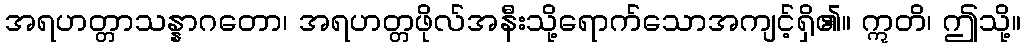
အရဟတ္တာသန္နာဂတော၊ အရဟတ္တဖိုလ်အနီးသို့ရောက်သောအကျင့်ရှိ၏။ ဣတိ၊ ဤသို့။